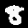
Digit: 8